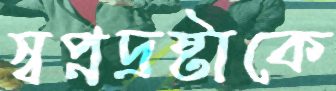
স্বপ্নদ্রষ্টাকে